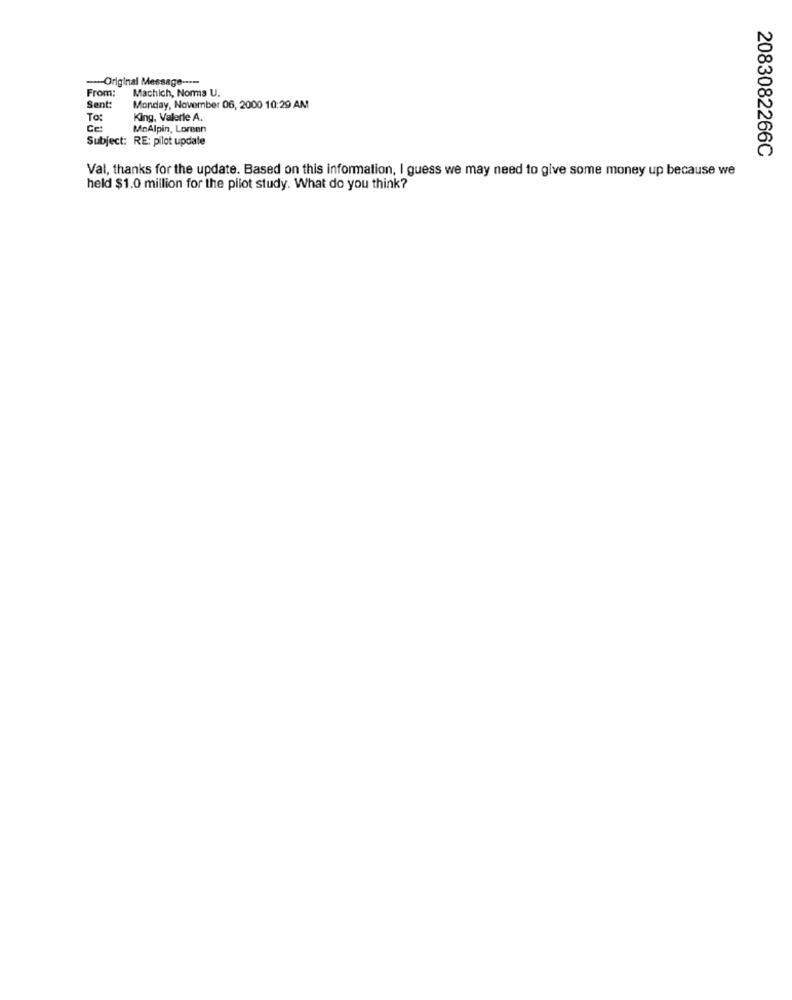
-- Original Message ----
From:
Machich, Norms U.
Sent:
Monday, November 06, 2000 10:29 AM
To:
King, Valerie A.
McAlpin, Loreen
Subject: RE: pilot update
2083082266C
Val, thanks for the update. Based on this information, I guess we may need to give some money up because we
held $1.0 million for the pilot study. What do you think?